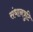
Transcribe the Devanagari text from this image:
संधानत्रुटि